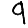
Digit: 9